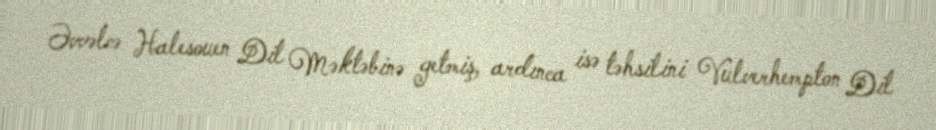
Əvvəlcə Halesouen Dil Məktəbinə getmiş, ardınca isə təhsilini Vulverhempton Dil